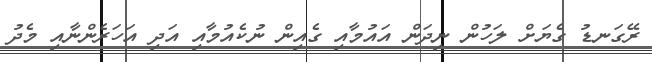
ރޭގަނޑު ގެޔަށް ލަހުން ނިދަން އައުމާއި ގެއިން ނުކެއުމާއި އަދި އަހަރެންނާއި މެދު